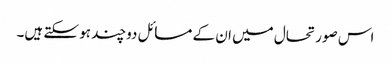
اس صورتحال میں ان کے مسائل دوچند ہو سکتے ہیں۔